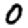
Digit: 0